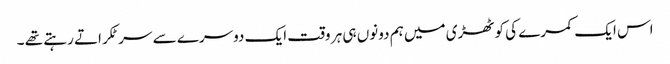
اس ایک کمرے کی کوٹھڑی میں ہم دونوں ہی ہر وقت ایک دوسرے سے سر ٹکراتے رہتے تھے ۔